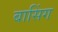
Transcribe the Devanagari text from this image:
बासिंग